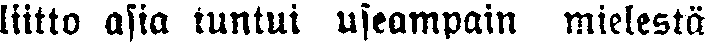
liitto asia tuntui useampain mielestä